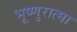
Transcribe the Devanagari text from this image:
भूष्णुरात्मा